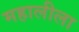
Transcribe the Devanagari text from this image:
महालीला